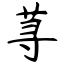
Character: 荨